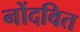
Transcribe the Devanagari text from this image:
नोंदवित